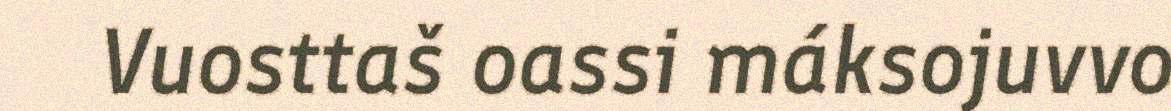
Vuosttaš oassi máksojuvvo